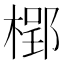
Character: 𣗐